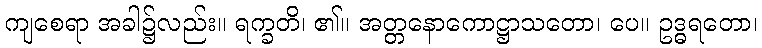
ကျစေရာ အခါ၌လည်း။ ရက္ခတိ၊ ၏။ အတ္တနောကောဋ္ဌာသတော၊ ပေ။ ဥဒ္ဓရတော၊